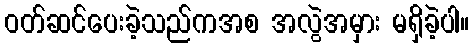
ဝတ်ဆင်ပေးခဲ့သည်ကအစ အလွဲအမှား မရှိခဲ့ပါ။